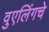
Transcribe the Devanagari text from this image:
वुएलिंगचे